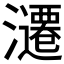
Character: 𰝢